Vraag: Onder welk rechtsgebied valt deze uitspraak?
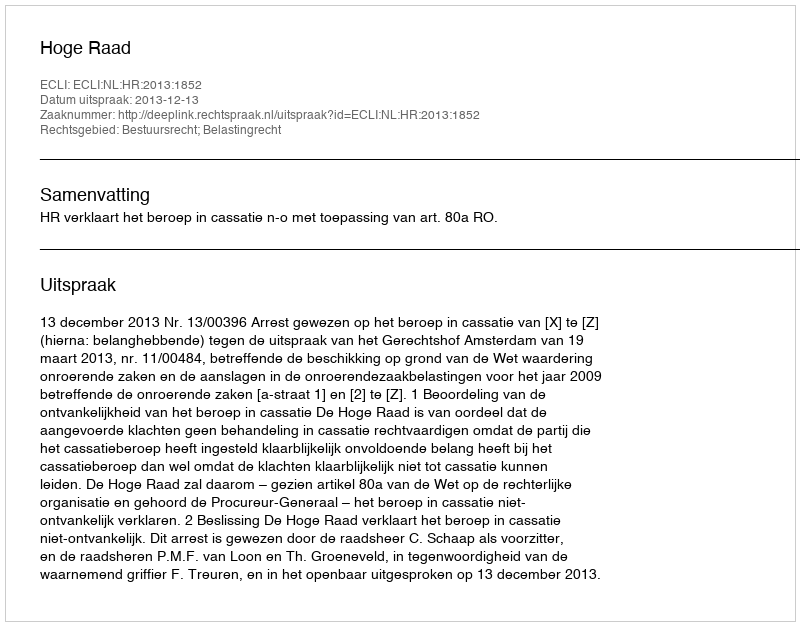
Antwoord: Bestuursrecht; Belastingrecht